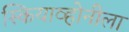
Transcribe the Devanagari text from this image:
स्कियाव्होनीला